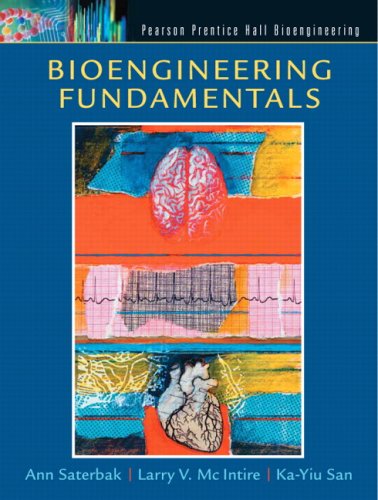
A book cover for Bioengineering Fundamentals; Ann Saterbak; Science & Math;